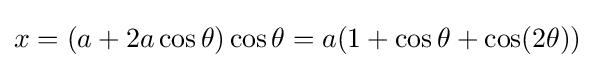
x=(a+2a\cos \theta )\cos \theta =a(1+\cos \theta +\cos(2\theta ))